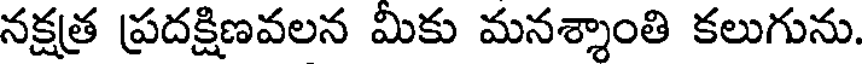
నక్షత్ర ప్రదక్షిణవలన మికు మనశ్శాంతి కలుగును.